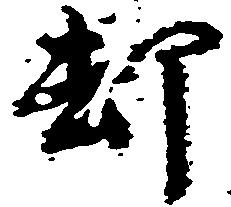
却